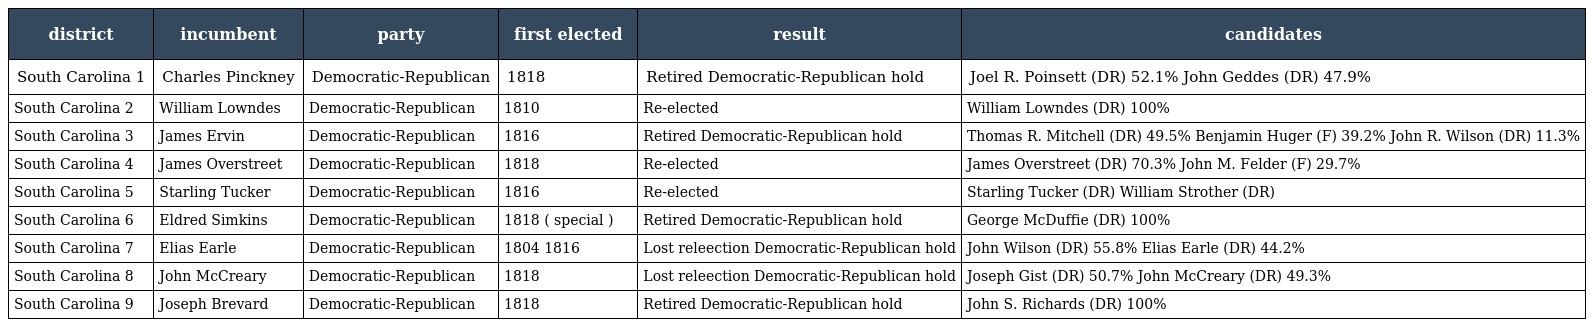
| district | incumbent | party | first elected | result | candidates |
 | --- | --- | --- | --- | --- | --- |
 | South Carolina 1 | Charles Pinckney | Democratic-Republican | 1818 | Retired Democratic-Republican hold | Joel R. Poinsett (DR) 52.1% John Geddes (DR) 47.9% |
 | South Carolina 2 | William Lowndes | Democratic-Republican | 1810 | Re-elected | William Lowndes (DR) 100% |
 | South Carolina 3 | James Ervin | Democratic-Republican | 1816 | Retired Democratic-Republican hold | Thomas R. Mitchell (DR) 49.5% Benjamin Huger (F) 39.2% John R. Wilson (DR) 11.3% |
 | South Carolina 4 | James Overstreet | Democratic-Republican | 1818 | Re-elected | James Overstreet (DR) 70.3% John M. Felder (F) 29.7% |
 | South Carolina 5 | Starling Tucker | Democratic-Republican | 1816 | Re-elected | Starling Tucker (DR) William Strother (DR) |
 | South Carolina 6 | Eldred Simkins | Democratic-Republican | 1818 ( special ) | Retired Democratic-Republican hold | George McDuffie (DR) 100% |
 | South Carolina 7 | Elias Earle | Democratic-Republican | 1804 1816 | Lost releection Democratic-Republican hold | John Wilson (DR) 55.8% Elias Earle (DR) 44.2% |
 | South Carolina 8 | John McCreary | Democratic-Republican | 1818 | Lost releection Democratic-Republican hold | Joseph Gist (DR) 50.7% John McCreary (DR) 49.3% |
 | South Carolina 9 | Joseph Brevard | Democratic-Republican | 1818 | Retired Democratic-Republican hold | John S. Richards (DR) 100% |